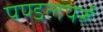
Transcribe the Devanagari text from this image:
पण्डलपर्रू